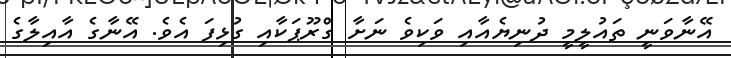
އޭނާވަނީ ތައުލީމީ ދުނިޔެއާއި ވަކިވެ ނަށާ ގްރޫޕަކާއި ގުޅިފަ އެވެ. އޭނާގެ އާއިލާގެ